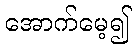
အောက်မေ့၍